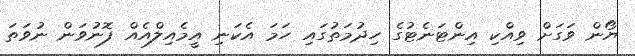
ޔޯން ވަގަށް ވިއްކި އިންޓަނެޓުގެ ހިދުމަތުގައި ހަމަ އެކަނި އީމެއިލްއެއް ފޮނުވަން ނުވަތަ